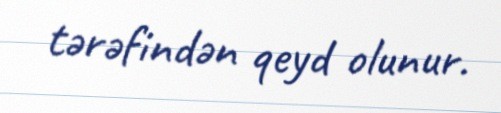
tərəfindən qeyd olunur.